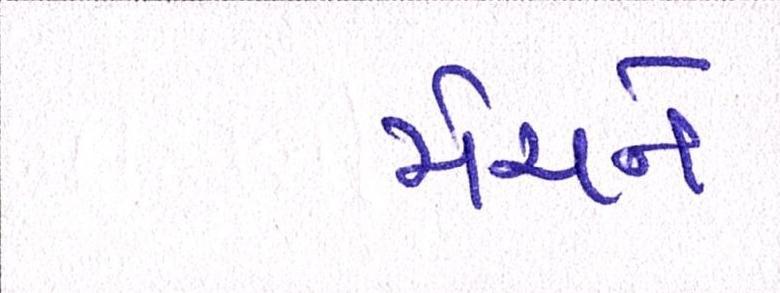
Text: મેચને